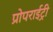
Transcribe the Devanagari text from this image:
प्रोपराईट्री